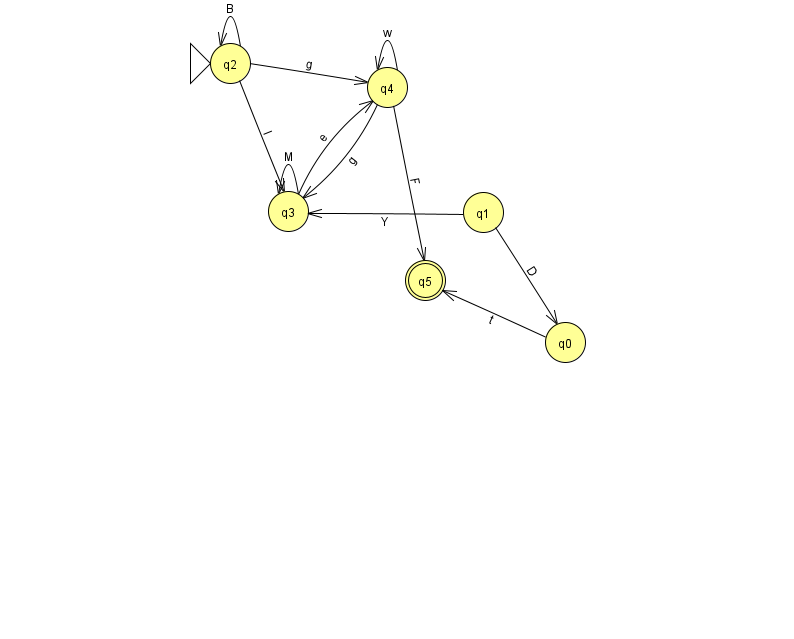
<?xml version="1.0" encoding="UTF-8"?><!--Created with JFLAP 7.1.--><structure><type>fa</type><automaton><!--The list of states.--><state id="0" name="q0"><x>565.0</x><y>329.0</y></state><state id="1" name="q1"><x>483.0</x><y>199.0</y></state><state id="2" name="q2"><x>230.0</x><y>50.0</y><initial/></state><state id="3" name="q3"><x>288.0</x><y>198.0</y></state><state id="4" name="q4"><x>387.0</x><y>74.0</y></state><state id="5" name="q5"><x>425.0</x><y>267.0</y><final/></state><!--The list of transitions.--><transition><from>2</from><to>4</to><read>g</read></transition><transition><from>4</from><to>5</to><read>F</read></transition><transition><from>2</from><to>2</to><read>B</read></transition><transition><from>1</from><to>3</to><read>Y</read></transition><transition><from>2</from><to>3</to><read>I</read></transition><transition><from>4</from><to>4</to><read>w</read></transition><transition><from>0</from><to>5</to><read>t</read></transition><transition><from>1</from><to>0</to><read>D</read></transition><transition><from>3</from><to>4</to><read>e</read></transition><transition><from>3</from><to>3</to><read>M</read></transition><transition><from>4</from><to>3</to><read>g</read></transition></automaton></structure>